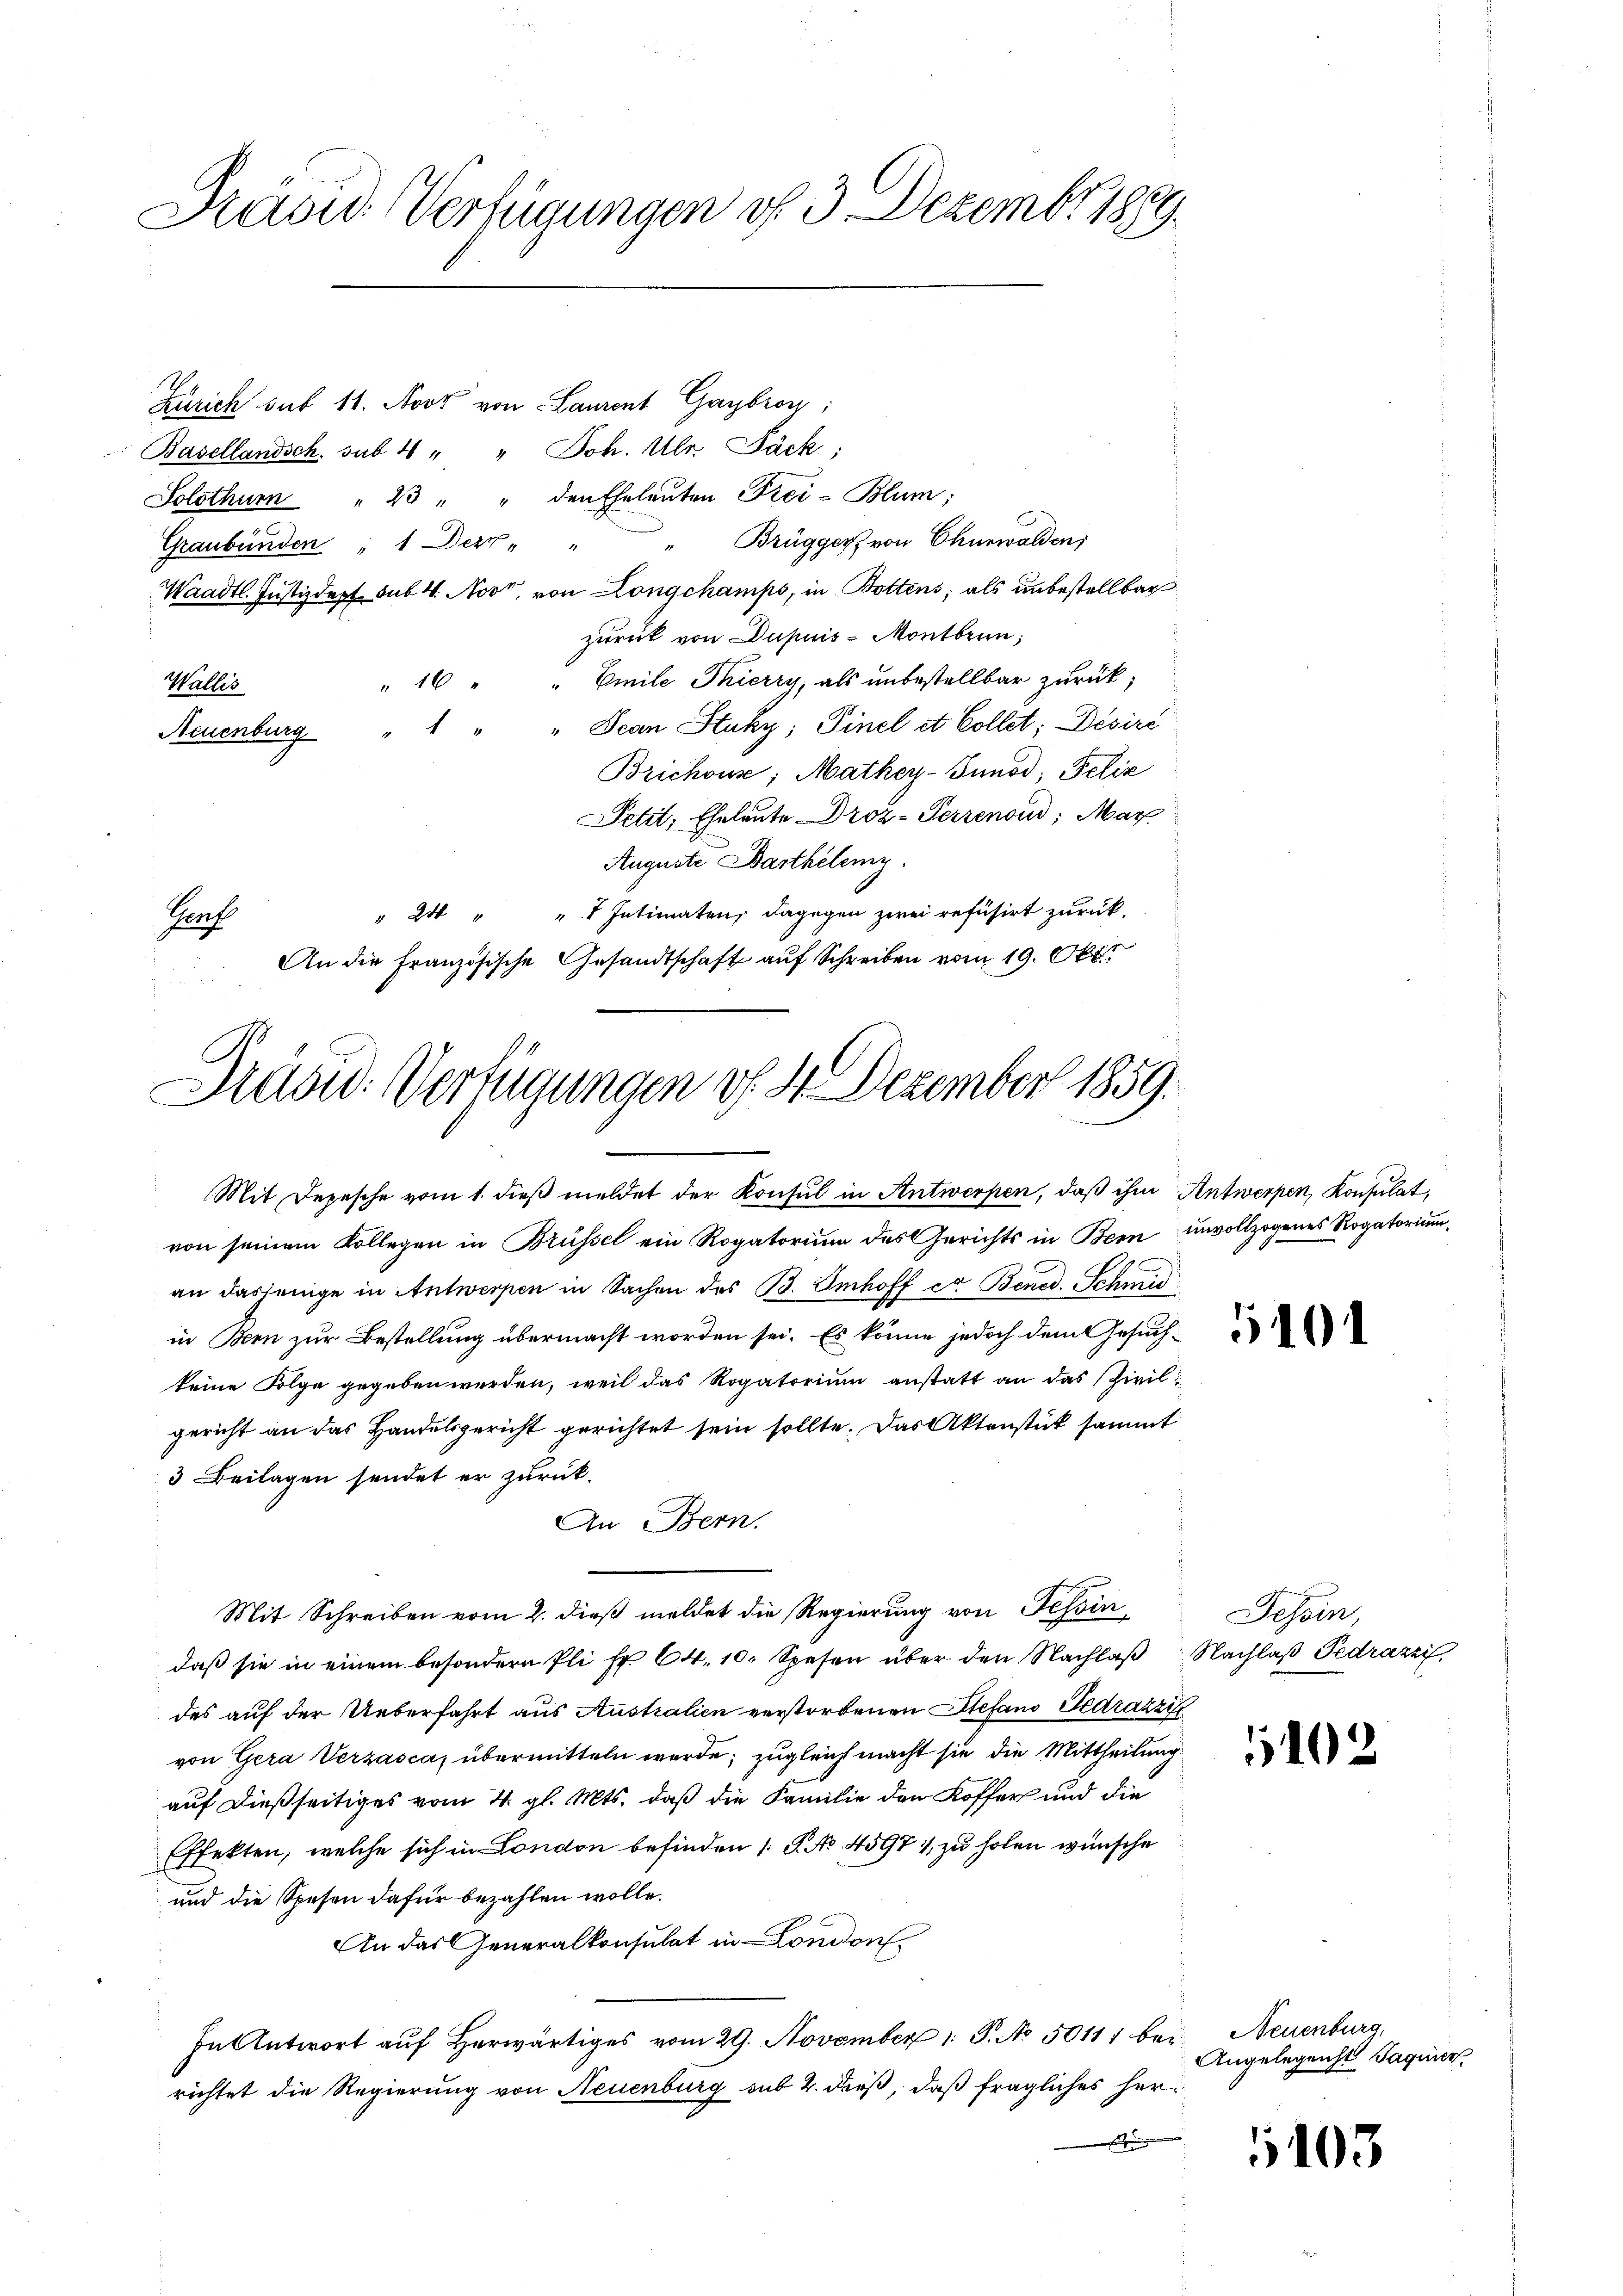
Präsid. Verfügungen d. 3. Dezember 1889.

Zürich sub 11. Moor von Laurent Gaybron:
Basellandsch. sub 1 " " Joh. Ulr. Bäck:
Solothum " 23 " " den Eheleŭten Frei-Blum;
" Brügger von Churwalden,
Graubünden, 1 Der " "
Waadt. Justizdept sub. 4. Noot, von Longchamps, in Bottens, als unbestellbar
zurück von Dupuis-Montbrun;
" 16 " " Emile Thierry, als unbestellbar zurück;
Wallis
Neuenburg " " " " Scan Stuky; Finel et Collet; Désire
Brichouse, Mathey-Sunod, Felix
Petit, Eheleute Droz-Terrenoud; Mar
Auguste Barthilemy.
". 24 " " 4 Intimaten, dagegen zwei refüsirt zurück.
Genf
 An die Französische Gesandtschaft auf Schreiben vom 19. Okt.

Présid. Verfügungen v. 4. Dezember 1859.
Mit Depesche vom 1. dieβ meldet der Konsul in Antwerpen, daß ihm Antwerpen, Konsulat,
von seinem Kollegen in Brüssel ein Rogatorium des Gerichts in Bern unvollzogenes Rogatorium

an dasjenige in Antwerpen in Sachen des B. Imhoff er Bened. Schmid
in Bern zur Bestellung übermacht worden sei. Es könne jedoch dem Gesuch-
keine Folge gegeben werden, weil das Rogatorium anstatt an das Zivil-
gericht an das Handelsgericht gerichtet sein sollte. Das Aktenstück sammt
3 Beilagen sendet er zurück.
An Bern.
Mit Schreiben vom 2. dieß meldet die Regierung von Tessin
daß sie in einem besondere Pli fr. 64. 10. Spesen über den Nachlaß Nachlaß Pedrazzi
des auf der Ueberfahrt aus Australien verstorbenen Stefano Gedrazzie
von Gera Verzasca übermitteln werde; zugleich macht sie die Mittheilung
auf dießseitiges vom 4. gl. Mts. daß die Familie den Koffer und die
Effekten, welche sich in London befinden (S. No. 45971, zu holen wünsche
und die Spesen dafür bezahlen wolle.
An das Generalkonsulat in London
In Antwort aŭf herwärtiges vom 29. November 1 S. No. 50111 bei Neuenburg,
richtet die Regierung von Neuenburg sub 2. dieß, daß fragliches her
s

10

Tessin,

1402

Angelegenst Jaquier

103